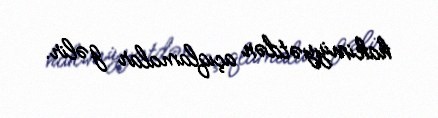
hakimiyyətdən açıqlamalar gəlir.